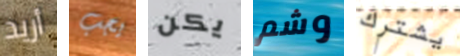
أريد يجب يكن وشم يشترك